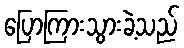
ပြောကြားသွားခဲ့သည်